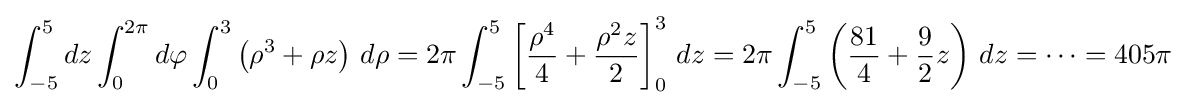
\int _{-5}^{5}dz\int _{0}^{2\pi }d\varphi \int _{0}^{3}\left(\rho ^{3}+\rho z\right)\,d\rho =2\pi \int _{-5}^{5}\left[{\frac {\rho ^{4}}{4}}+{\frac {\rho ^{2}z}{2}}\right]_{0}^{3}\,dz=2\pi \int _{-5}^{5}\left({\frac {81}{4}}+{\frac {9}{2}}z\right)\,dz=\cdots =405\pi